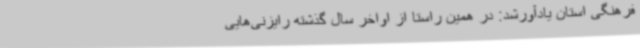
فرهنگی استان یادآورشد: در همین راستا از اواخر سال گذشته رایزنی‌هایی